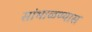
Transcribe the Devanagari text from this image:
सांभाळण्‍यास